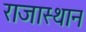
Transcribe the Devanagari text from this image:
राजास्थान